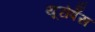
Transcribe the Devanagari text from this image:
यूरोपेँस